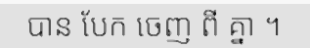
បាន បែក ចេញ ពី គ្នា ។